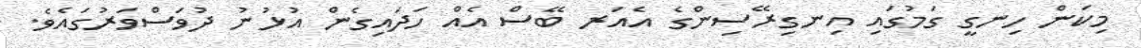
މިކަން ހިނގީ ގަމުގައި އިނގިރޭސިންގެ އެއަރ ބޭސް އެއް ހަދައިގެން އުޅުނު ދުވަސްވަރުގައެވެ.